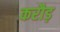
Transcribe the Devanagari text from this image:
करौड़